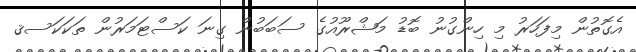
އެގޮތުން މިފަހަރު މި ހިންގުނު ބޮޑު މަޝްރޫއުގެ ސަބަބުން ގިނަ ކަސްޓަމަރުން ތަކަކަސޤ